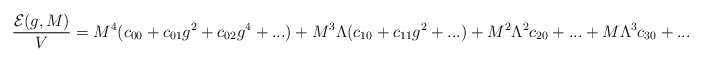
\begin{align*}\frac{{\cal E}(g,M)}{V}=M^4(c_{00}+c_{01}g^2+c_{02}g^4+...)+M^3\Lambda(c_{10}+c_{11}g^2+...)+M^2\Lambda^2c_{20}+...+M\Lambda^3c_{30}+...\end{align*}